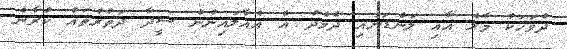
ދުވަހަކު މާލެ އާއި ލަންޑަނާއި ދެމެދު އެ އެއާލައިނުން ސީދާ ދަތުރުތައް ކުރާނެ